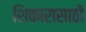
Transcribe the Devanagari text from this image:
शिकारासाठी